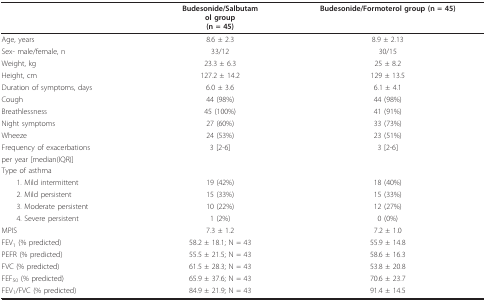
<table><thead><tr><td></td><td><b>Budesonide/Salbutamol group(n = 45)</b></td><td><b>Budesonide/Formoterol group (n = 45)</b></td></tr></thead><tbody><tr><td>Age, years</td><td>8.6 ± 2.3</td><td>8.9 ± 2.13</td></tr><tr><td>Sex- male/female, n</td><td>33/12</td><td>30/15</td></tr><tr><td>Weight, kg</td><td>23.3 ± 6.3</td><td>25 ± 8.2</td></tr><tr><td>Height, cm</td><td>127.2 ± 14.2</td><td>129 ± 13.5</td></tr><tr><td>Duration of symptoms, days</td><td>6.0 ± 3.6</td><td>6.1 ± 4.1</td></tr><tr><td>Cough</td><td>44 (98%)</td><td>44 (98%)</td></tr><tr><td>Breathlessness</td><td>45 (100%)</td><td>41 (91%)</td></tr><tr><td>Night symptoms</td><td>27 (60%)</td><td>33 (73%)</td></tr><tr><td>Wheeze</td><td>24 (53%)</td><td>23 (51%)</td></tr><tr><td>Frequency of exacerbations</td><td>3 [2-6]</td><td>3 [2-6]</td></tr><tr><td>per year [median(IQR)]</td><td></td><td></td></tr><tr><td>Type of asthma</td><td></td><td></td></tr><tr><td> 1. Mild intermittent</td><td>19 (42%)</td><td>18 (40%)</td></tr><tr><td> 2. Mild persistent</td><td>15 (33%)</td><td>15 (33%)</td></tr><tr><td> 3. Moderate persistent</td><td>10 (22%)</td><td>12 (27%)</td></tr><tr><td> 4. Severe persistent</td><td>1 (2%)</td><td>0 (0%)</td></tr><tr><td>MPIS</td><td>7.3 ± 1.2</td><td>7.2 ± 1.0</td></tr><tr><td>FEV<sub>1 </sub>(% predicted)</td><td>58.2 ± 18.1; N = 43</td><td>55.9 ± 14.8</td></tr><tr><td>PEFR (% predicted)</td><td>55.5 ± 21.5; N = 43</td><td>58.6 ± 16.3</td></tr><tr><td>FVC (% predicted)</td><td>61.5 ± 28.3; N = 43</td><td>53.8 ± 20.8</td></tr><tr><td>FEF<sub>50 </sub>(% predicted)</td><td>65.9 ± 37.6; N = 43</td><td>70.6 ± 23.7</td></tr><tr><td>FEV<sub>1</sub>/FVC (% predicted)</td><td>84.9 ± 21.9; N = 43</td><td>91.4 ± 14.5</td></tr></tbody></table>